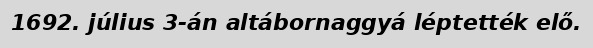
1692. július 3-án altábornaggyá léptették elő.